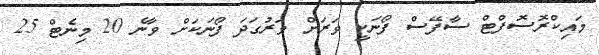
މައިކްރޮސޮފްޓް ސާފޭސް ފޯނަކީ ވަރަށް ވަރުގަދަ ފޯނަކަށް ވާނެ 20 މިނެޓް 25